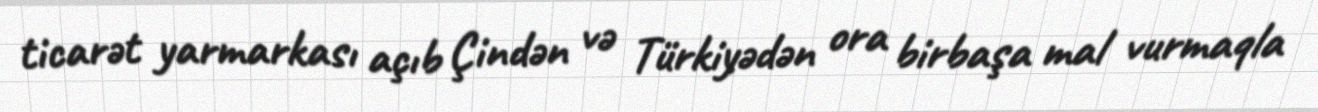
ticarət yarmarkası açıb Çindən və Türkiyədən ora birbaşa mal vurmaqla